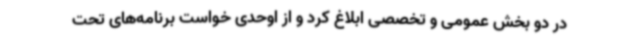
در دو بخش عمومی و تخصصی ابلاغ کرد و از اوحدی خواست برنامه‌های تحت